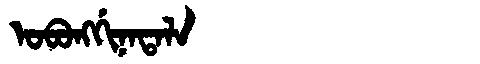
Manchu: ᠣᠪᠣᠩᡤᡳᠨᠠᡨᠠᠯᠠ
Romanization: OBONGGINATALA